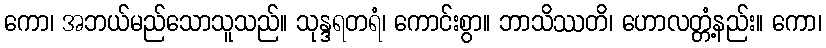
ကော၊ အဘယ်မည်သောသူသည်။ သုန္ဒရတရံ၊ ကောင်းစွာ။ ဘာသိဿတိ၊ ဟောလတ္တံ့နည်း။ ကော၊